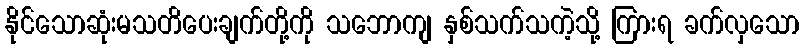
နိုင်သောဆုံးမသတိပေးချက်တို့ကို သဘောကျ နှစ်သက်သကဲ့သို့ ကြားရ ခက်လှသော